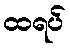
ထရပ်